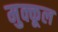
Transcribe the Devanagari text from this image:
मुक्कूल